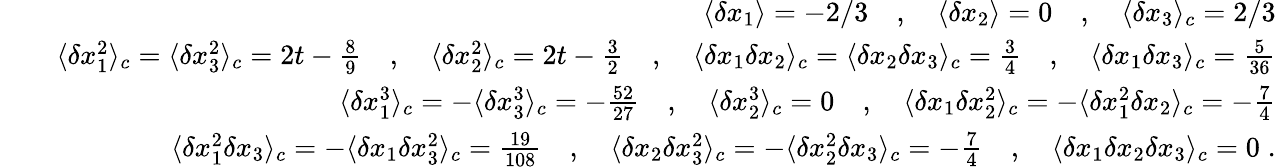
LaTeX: \begin{array}{rlr}&{}&{\langle\delta x_{1}\rangle=-2/3\quad,\quad\langle\delta x_{2}\rangle=0\quad,\quad\langle\delta x_{3}\rangle_{c}=2/3}\\ &{}&{\langle\delta x_{1}^{2}\rangle_{c}=\langle\delta x_{3}^{2}\rangle_{c}=2t-\frac{8}{9}\quad,\quad\langle\delta x_{2}^{2}\rangle_{c}=2t-\frac{3}{2}\quad,\quad\langle\delta x_{1}\delta x_{2}\rangle_{c}=\langle\delta x_{2}\delta x_{3}\rangle_{c}=\frac{3}{4}\quad,\quad\langle\delta x_{1}\delta x_{3}\rangle_{c}=\frac{5}{36}}\\ &{}&{\langle\delta x_{1}^{3}\rangle_{c}=-\langle\delta x_{3}^{3}\rangle_{c}=-\frac{52}{27}\quad,\quad\langle\delta x_{2}^{3}\rangle_{c}=0\quad,\quad\langle\delta x_{1}\delta x_{2}^{2}\rangle_{c}=-\langle\delta x_{1}^{2}\delta x_{2}\rangle_{c}=-\frac{7}{4}}\\ &{}&{\langle\delta x_{1}^{2}\delta x_{3}\rangle_{c}=-\langle\delta x_{1}\delta x_{3}^{2}\rangle_{c}=\frac{19}{108}\quad,\quad\langle\delta x_{2}\delta x_{3}^{2}\rangle_{c}=-\langle\delta x_{2}^{2}\delta x_{3}\rangle_{c}=-\frac{7}{4}\quad,\quad\langle\delta x_{1}\delta x_{2}\delta x_{3}\rangle_{c}=0\; .}\end{array}